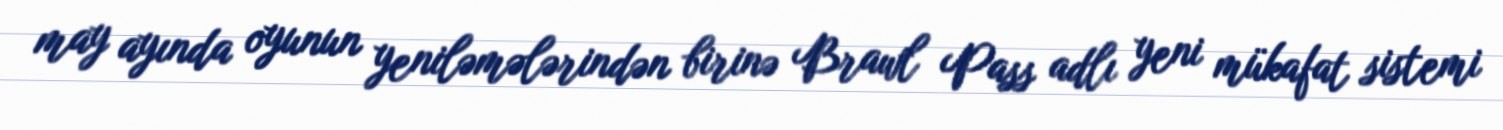
may ayında oyunun yeniləmələrindən birinə Brawl Pass adlı yeni mükafat sistemi